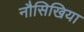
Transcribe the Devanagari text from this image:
नौसिखिया